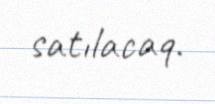
satılacaq.